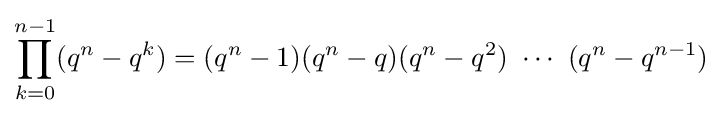
\prod _{k=0}^{n-1}(q^{n}-q^{k})=(q^{n}-1)(q^{n}-q)(q^{n}-q^{2})\ \cdots \ (q^{n}-q^{n-1})